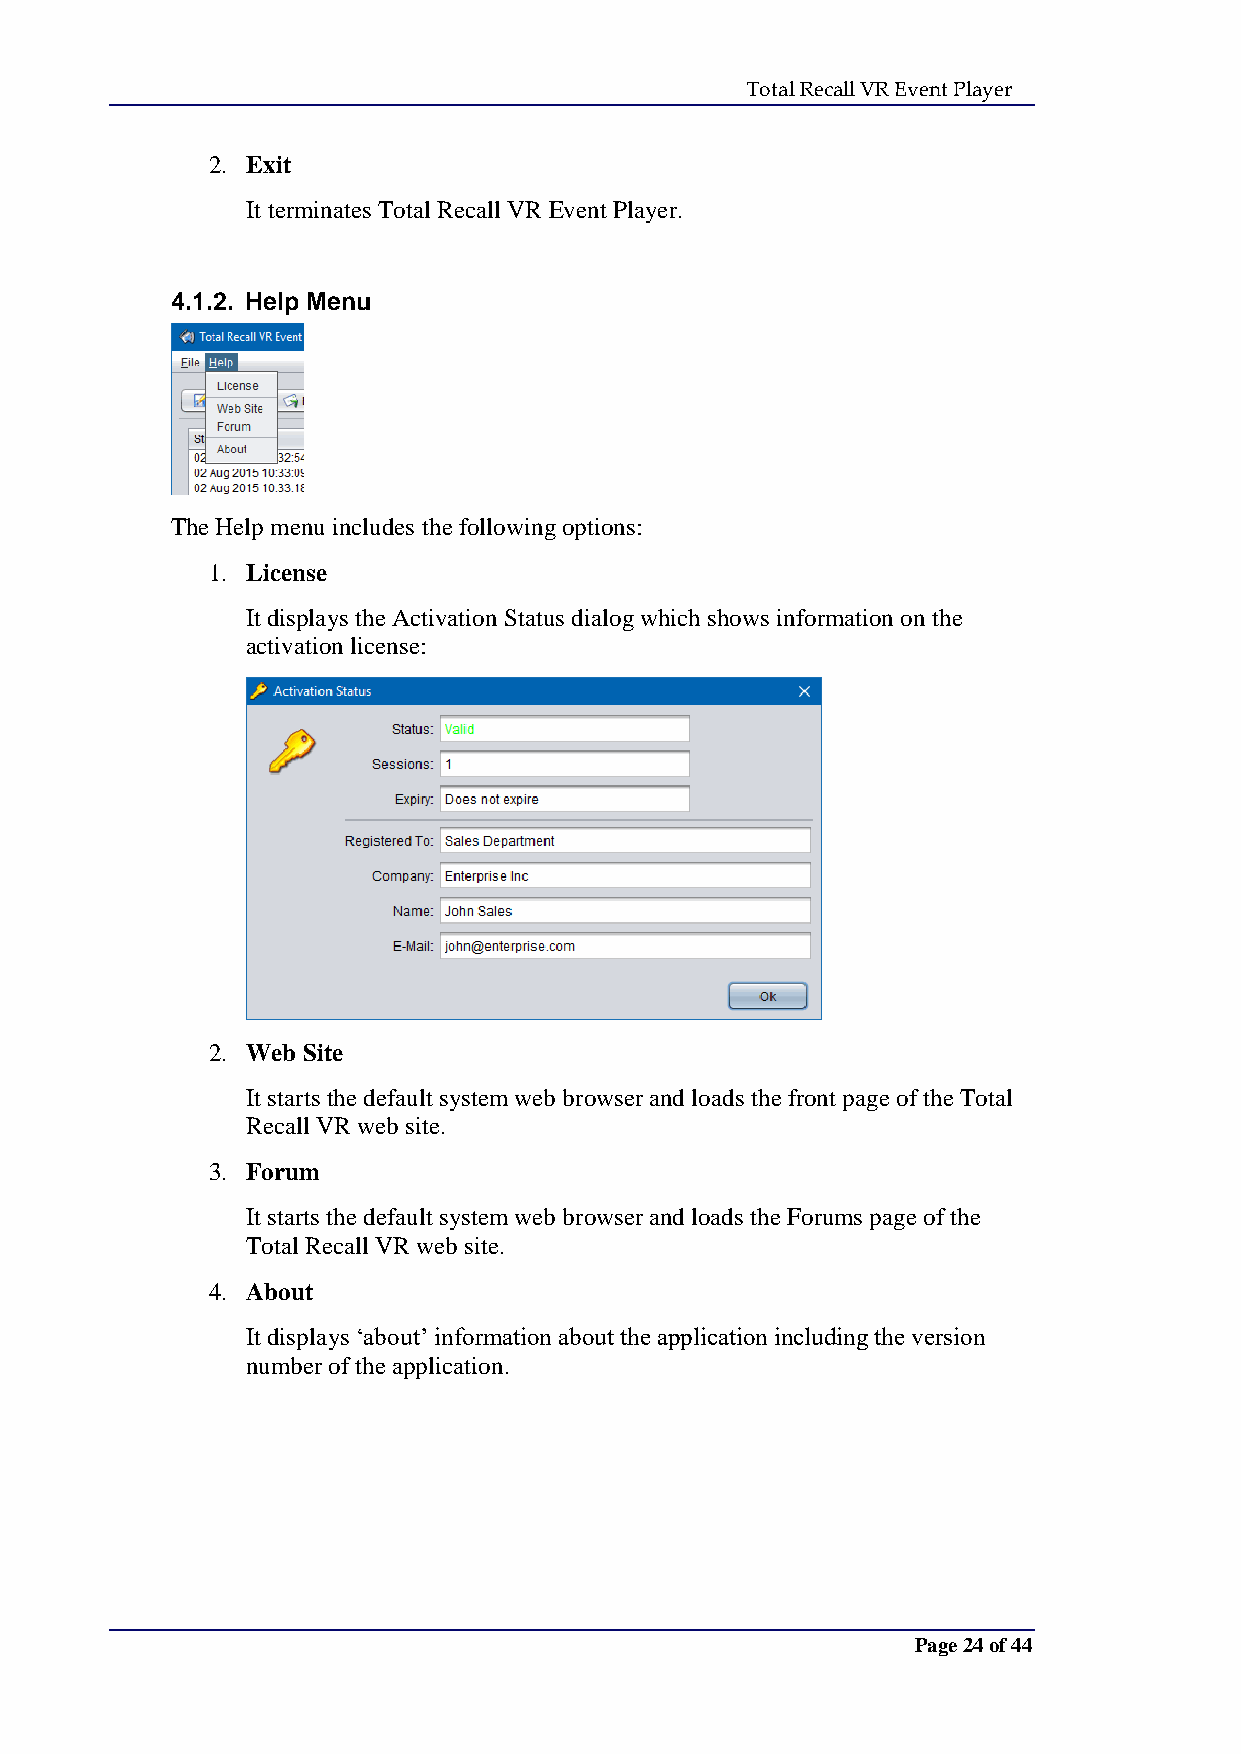
Total Recall VR Event Player
 2. Exit
 It terminates Total Recall VR Event Player.
 4.1.2. Help Menu
 The Help menu includes the following options:
 1. License
 It displays the Activation Status dialog which shows information on the
 activation license:
 2. Web Site
 It starts the default system web browser and loads the front page of the Total
 Recall VR web site.
 3. Forum
 It starts the default system web browser and loads the Forums page of the
 Total Recall VR web site.
 4. About
 It displays ‘about’ information about the application including the version
 number of the application.
 Page 24 of 44